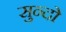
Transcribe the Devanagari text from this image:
सुन्दो